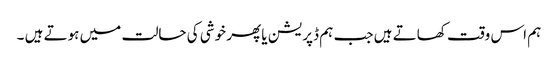
ہم اس وقت کھاتے ہیں جب ہم ڈپریشن یا پھر خوشی کی حالت میں ہوتے ہیں ۔